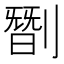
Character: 㔆